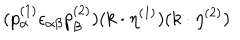
( p _ { \alpha } ^ { ( 1 ) } \epsilon _ { \alpha \beta } p _ { \beta } ^ { ( 2 ) } ) ( k \cdot \eta ^ { ( 1 ) } ) ( k \cdot \eta ^ { ( 2 ) } )